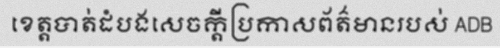
ខេត្តបាត់ដំបងសេចក្តីប្រកាសព័ត៌មានរបស់ ADB